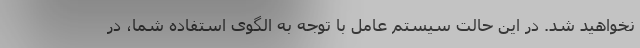
نخواهید شد. در این حالت سیستم عامل با توجه به الگوی استفاده شما، در